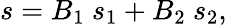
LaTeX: s=B_{1}\ s_{1}+B_{2}\ s_{2},